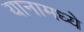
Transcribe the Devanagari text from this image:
यानामध्ये